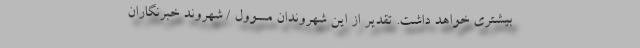
بیشتری خواهد داشت. تقدیر از این شهروندان مسوول / شهروند خبرنگاران